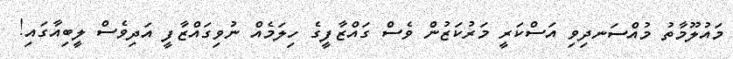
މައުލޫމާތު މުއްސަނދިވި އަސްކަރީ މަރުކަޒުން ވެސް ގައްޒާފީގެ ހިލަމެއް ނުވިގައްޒާފީ އަދިވެސް ލީބިއާގައި!